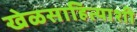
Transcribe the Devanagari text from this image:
खेळसाहित्याशी